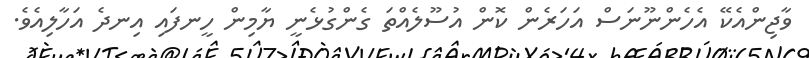
ވާޖިންއެކޭ އެހެންނޫނަސް އަހަރެން ކޮން އުސޫލެއްތަ ގެންގުޅެނީ ޔާމިން ހީނފައި އިނދެ އަހާލިއެވެ.